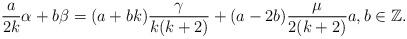
LaTeX: \begin{align*}\frac{a}{2k}\alpha +b\beta = (a+bk) \frac{\gamma}{k(k+2)}+(a-2b)\frac{\mu}{2(k+2)}a, b \in \mathbb Z.\end{align*}